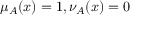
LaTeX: \mu _ { A } ( x ) = 1 , \nu _ { A } ( x ) = 0